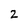
Character: 2